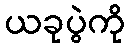
ယခုပွဲကို